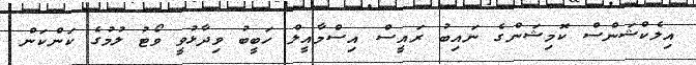
އިލެކްޝަންސް ކޮމިޝަންގެ ނައިބު ރައީސް އިސްމާއީލް ހަބީބު ވިދާޅުވީ ވޯޓު ލުމުގެ ކަންކަން